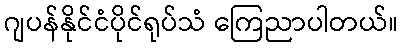
ဂျပန်နိုင်ငံပိုင်ရုပ်သံ ကြေညာပါတယ်။